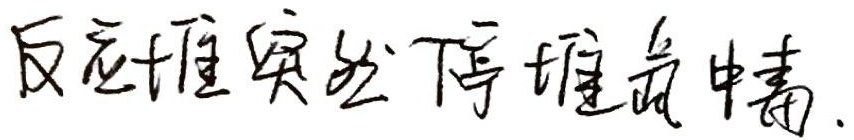
反应堆突然停堆或中毒.